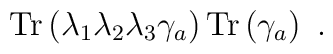
{\rm Tr}\left(\lambda_1\lambda_2\lambda_3\gamma_a\right) {\rm Tr}\left(\gamma_a\right)~.